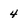
Character: 4